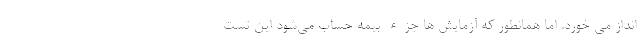
انداز می خورد. اما همانطور که آزمایش ها جزء بیمه حساب می‌شود این تست